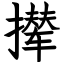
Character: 撵